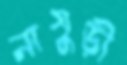
নামুড়ী